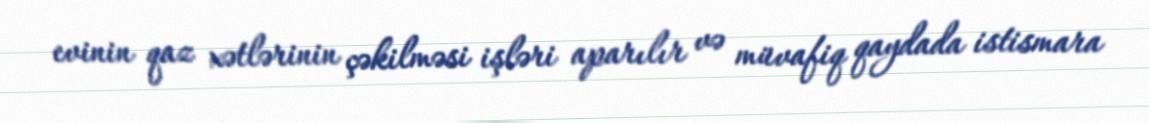
evinin qaz xətlərinin çəkilməsi işləri aparılır və müvafiq qaydada istismara